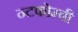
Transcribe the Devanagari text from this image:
न्टफोम्बी